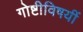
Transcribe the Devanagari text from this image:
गोष्टीविषयीं